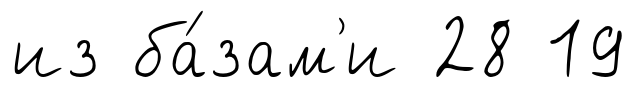
из ба́зам'и 28 19